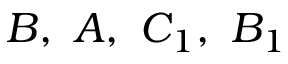
B , \ A , \ C _ { 1 } , \ B _ { 1 }